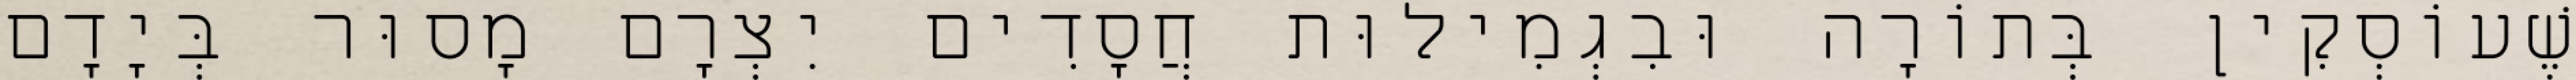
שֶׁעוֹסְקִין בְּתוֹרָה וּבִגְמִילוּת חֲסָדִים יִצְרָם מָסוּר בְּיָדָם